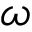
\omega